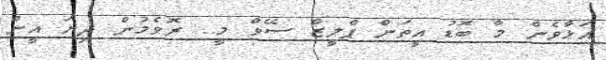
އަޅާވެން މާ ބޮޑު އީތަން ޕްލީޒް ސޭވް މީ.. ރޮވެމުން ދިޔަ އީން